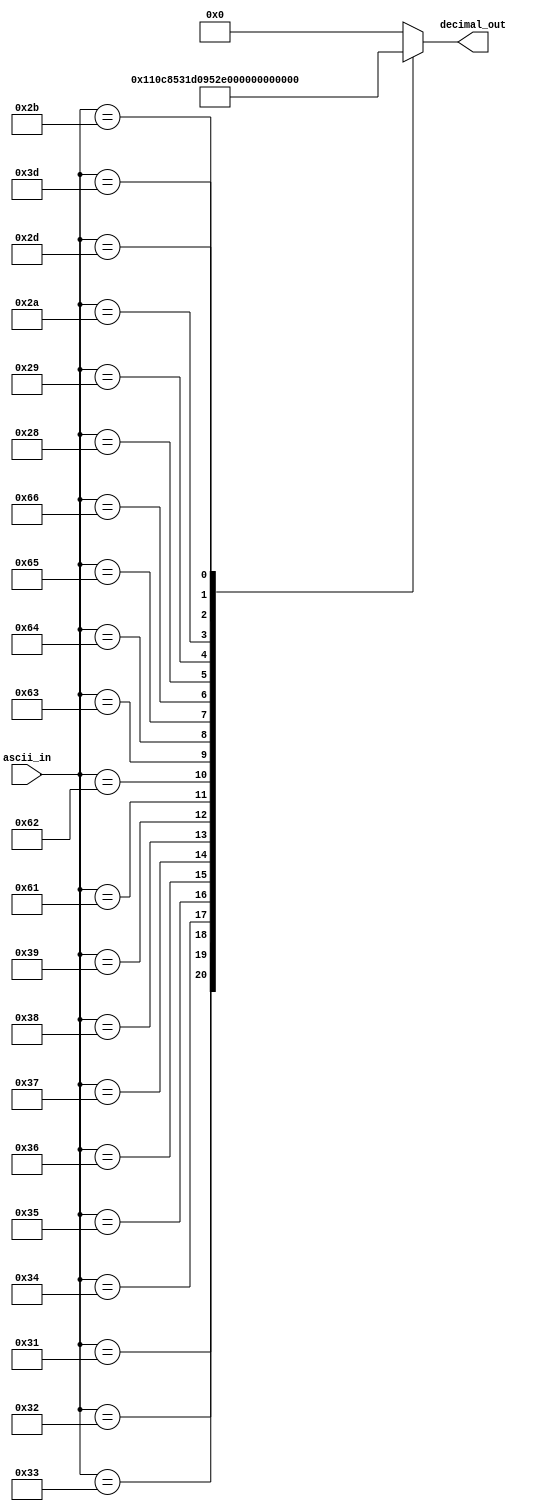
module ascii_to_decimal(ascii_in, decimal_out);

input [7:0]  ascii_in;
output reg[4:0] decimal_out;
always @(*)
begin
    case(ascii_in)
    8'd48: decimal_out = 5'd0; 
    8'd49: decimal_out = 5'd1; 
    8'd50: decimal_out = 5'd2; 
    8'd51: decimal_out = 5'd3; 
    8'd52: decimal_out = 5'd4; 
    8'd53: decimal_out = 5'd5; 
    8'd54: decimal_out = 5'd6; 
    8'd55: decimal_out = 5'd7; 
    8'd56: decimal_out = 5'd8; 
    8'd57: decimal_out = 5'd9; 
    8'd97: decimal_out = 5'd10; 
    8'd98: decimal_out = 5'd11; 
    8'd99: decimal_out = 5'd12; 
    8'd100: decimal_out = 5'd13; 
    8'd101: decimal_out = 5'd14; 
    8'd102: decimal_out = 5'd15; 
    8'd40: decimal_out = 5'd16; // rep (
    8'd41: decimal_out = 5'd17; // rep )
    8'd42: decimal_out = 5'd18; // rep *
    8'd43: decimal_out = 5'd19; // rep +
    8'd45: decimal_out = 5'd20; // rep -
    8'd61: decimal_out = 5'd21; // rep =
    default: decimal_out = 5'd0;
    endcase
end
endmodule